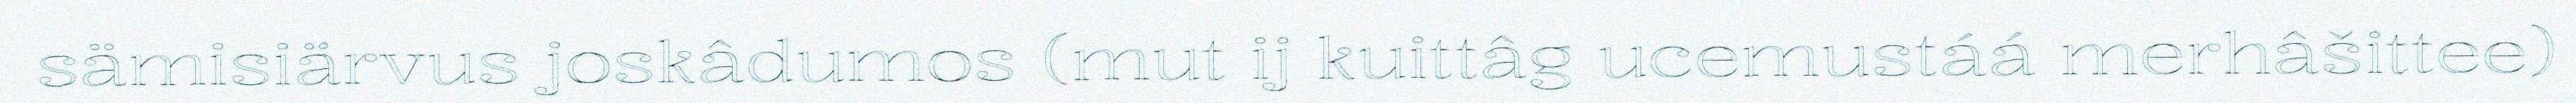
sämisiärvus joskâdumos (mut ij kuittâg ucemustáá merhâšittee)